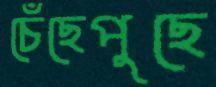
চেঁছেপুছে